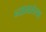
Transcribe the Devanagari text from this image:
न्यायसंस्या